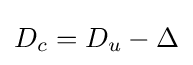
D_{c}=D_{u}-\Delta